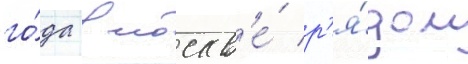
го́да в москв'е́ р'я́дом